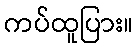
ကပ်ထူပြား။